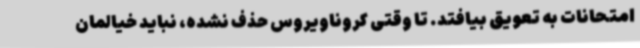
امتحانات به تعویق بیافتد. تا وقتی کروناویروس حذف نشده، نباید خیالمان